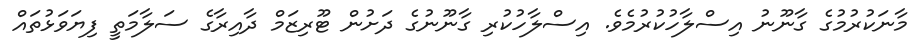
މާނަކުރުމުގެ ގާނޫނު އިސްލާހުކުރުމެވެ. އިސްލާހުކުރި ގާނޫނުގެ ދަށުން ޓޫރިޒަމް ދާއިރާގެ ސަލާމަތީ ފިޔަވަޅުތައް